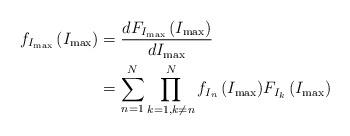
LaTeX: \begin{align*}{{f}_{{{I}_{\max }}}}\left( {{I}_{\max }} \right)&=\frac{d{{F}_{{{I}_{\max }}}}\left( {{I}_{\max }} \right)}{d{{I}_{\max }}}\\&=\sum\limits_{n=1}^{N}{\prod\limits_{k=1,k\ne n}^{N}{{{f}_{{{I}_{n}}}}\left( {{I}_{\max }} \right)}}{{F}_{{{I}_{k}}}}\left( {{I}_{\max }} \right)\end{align*}